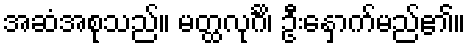
အဆံအစုသည်။ မတ္ထလုင်္ဂိ၊ ဦးနှောက်မည်၏။